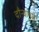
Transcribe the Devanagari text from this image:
दौर्‍यांमुळे